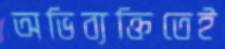
অভিব্যক্তিতেই